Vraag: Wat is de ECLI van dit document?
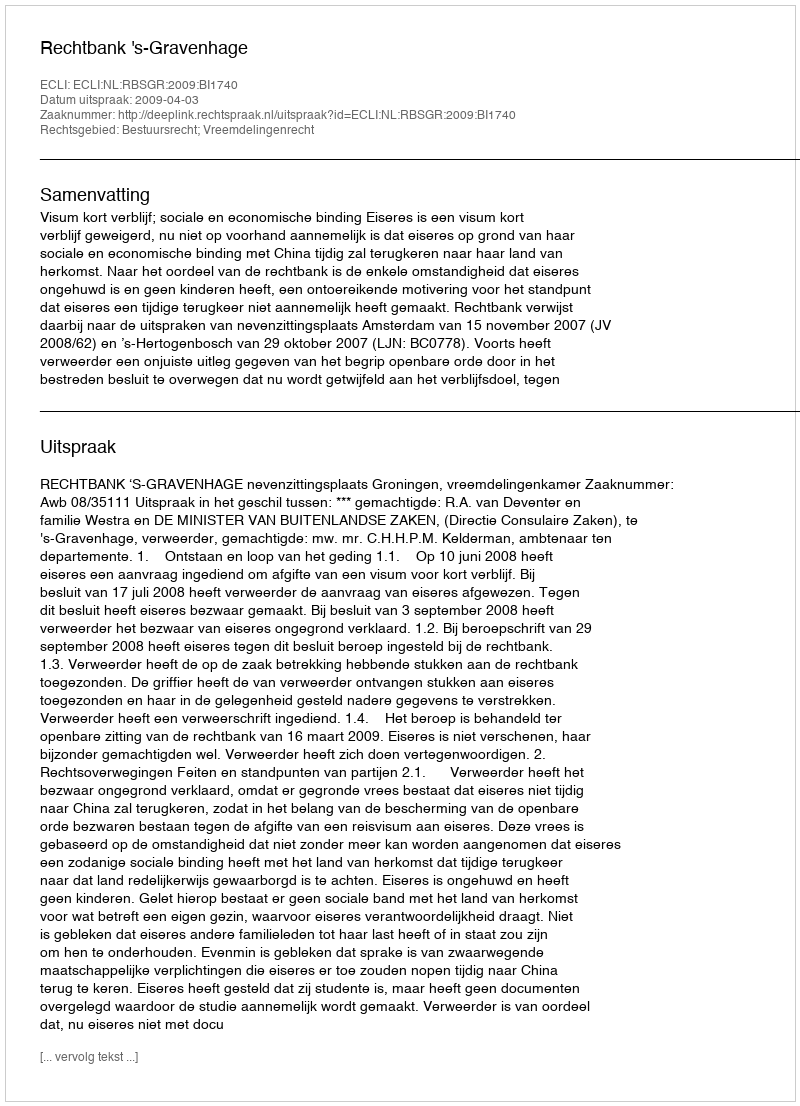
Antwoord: ECLI:NL:RBSGR:2009:BI1740